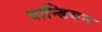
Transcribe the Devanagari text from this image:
पान्डियन